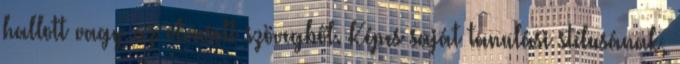
hallott vagy az olvasott szövegből. Képes saját tanulási stílusának,